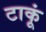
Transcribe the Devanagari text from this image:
टाकूं